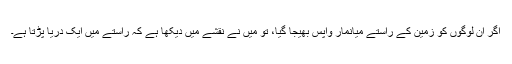
اگر ان لوگوں کو زمین کے راستے میانمار واپس بھیجا گیا، تو میں نے نقشے میں دیکھا ہے کہ راستے میں ایک دریا پڑتا ہے۔